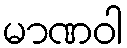
မာဏဝါ